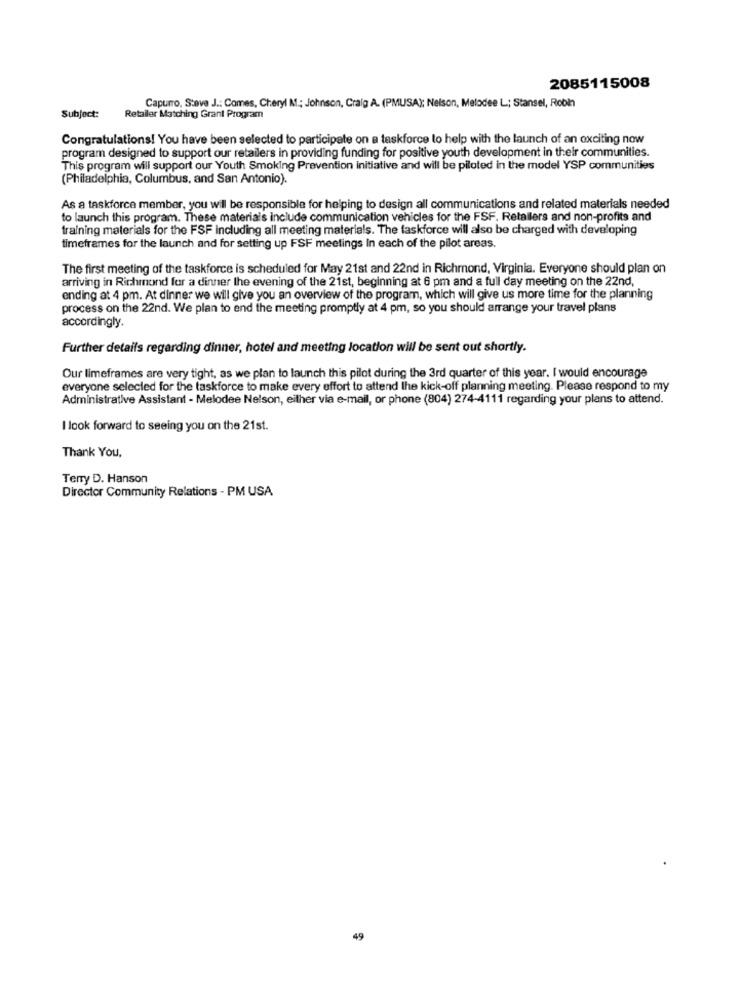
2085115008
Capurro, Steve J .: Comes, Cheryl M .; Johnson, Craig A. (PMUSA); Nelson, Melodee L; Stansel, Robin
Subject:
Retailer Matching Grant Program
Congratulations! You have been selected to participate on a taskforce to help with the launch of an exciting now
program designed to support our retailers in providing funding for positive youth development in their communities.
This program will support our Youth Smoking Prevention initiative and will be piloted in the model YSP communities
(Philadelphia, Columbus, and San Antonio).
As a taskforce member, you will be responsible for helping to design all communications and related materials needed
to launch this program. These materials include communication vehicles for the FSF. Retailers and non-profits and
training materials for the FSF including all meeting materials. The taskforce will also be charged with developing
timeframes for the launch and for setting up FSF meetings In each of the pilot areas.
The first meeting of the taskforce is scheduled for May 21st and 22nd in Richmond, Virginia. Everyone should plan on
arriving in Richmond for a dinner the evening of the 21st, beginning at 6 pm and a full day meeting on the 22nd,
ending at 4 pm. At dinner we will give you an overview of the program, which will give us more time for the planning
process on the 22nd. We plan to end the meeting promptly at 4 pm, so you should arrange your travel plans
accordingly.
Further details regarding dinner, hotel and meeting location will be sent out shortly.
Our limeframes are very tight, as we plan to launch this pilot during the 3rd quarter of this year. I would encourage
everyone selected for the taskforce to make every effort to attend the kick-off planning meeting. Please respond to my
Administrative Assistant - Melodee Nelson, either via e-mail, or phone (804) 274-4111 regarding your plans to attend.
I look forward to seeing you on the 21st.
Thank You.
Terry D. Hanson
Director Community Relations - PM USA
49